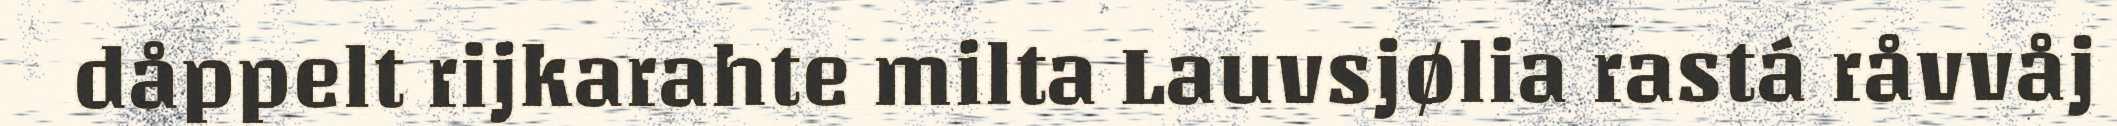
dåppelt rijkarahte milta Lauvsjølia rastá råvvåj